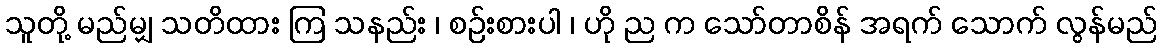
သူတို့ မည်မျှ သတိထား ကြ သနည်း ၊ စဉ်းစားပါ ၊ ဟို ည က သော်တာစိန် အရက် သောက် လွန်မည်